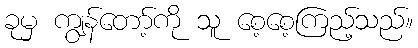
ခုမှ ကျွန်တော့်ကို သူ စေ့စေ့ကြည့်သည်။